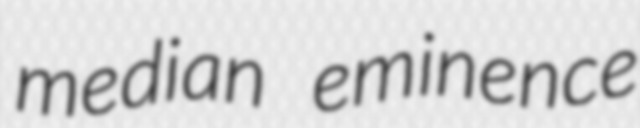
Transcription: median eminence